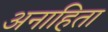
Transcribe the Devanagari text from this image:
अनाहिता